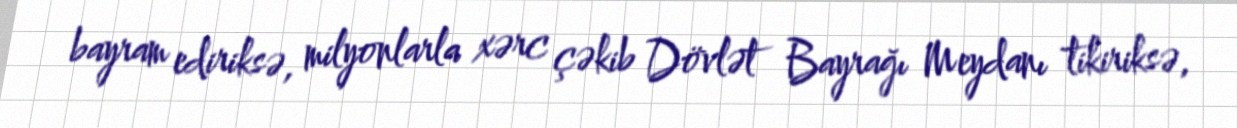
bayram ediriksə, milyonlarla xərc çəkib Dövlət Bayrağı Meydanı tikiriksə,